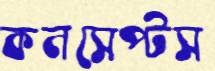
কনসেপ্টস